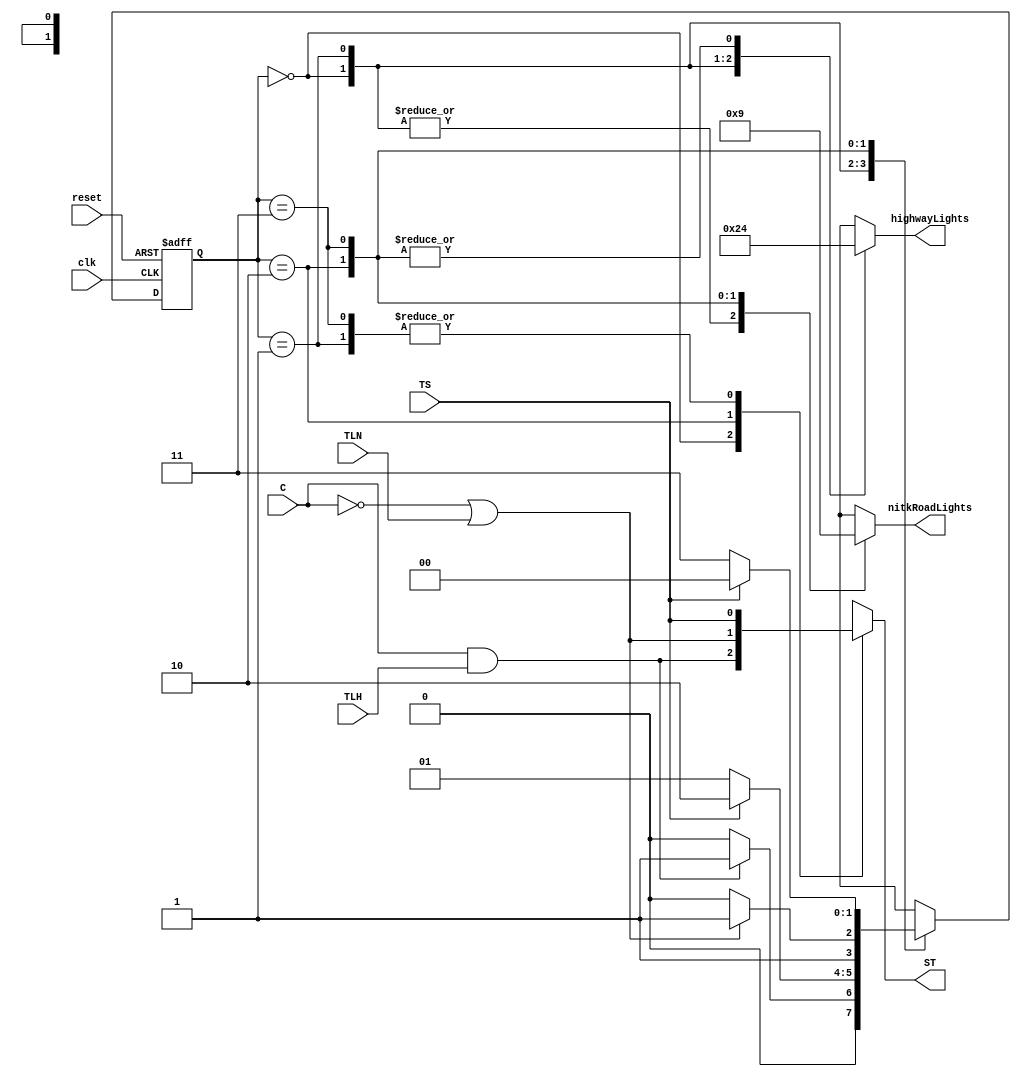
module TrafficLightController(
    input wire clk, reset, C, TS, TLH, TLN,
    output reg ST,
    output reg [1:0] highwayLights, // 00: Red, 01: Yellow, 10: Green
    output reg [1:0] nitkRoadLights // 00: Red, 01: Yellow, 10: Green
);

    parameter GREEN = 2'b10;
    parameter YELLOW = 2'b01;
    parameter RED = 2'b00;

    localparam NH_ON=2'b00, NH_ALERT=2'b01, NITK_ON=2'b10, NITK_ALERT=2'b11;
    reg [1:0] present_state=0, next_state=0;

    // Present state register
    always @(posedge clk or posedge reset) begin: L_PRESENT_STATE_REGISTER
        if(reset) begin
            present_state <= NH_ON;
        end else begin
            present_state <= next_state;
        end
    end

    // Next state logic
    always@(present_state or C or TLH or TLN or TS) begin:L_NEXT_STATE_LOGIC
        casex(present_state)
            NH_ON: next_state = C&&TLH?NH_ALERT:NH_ON;
            NH_ALERT: next_state = TS?NITK_ON:NH_ALERT;
            NITK_ON: next_state = !C||TLN?NITK_ALERT:NITK_ON;
            NITK_ALERT: next_state = TS?NH_ON:NITK_ALERT;
            default: next_state = NH_ON;
        endcase
    end

    // Output decoder 
    always@(present_state) begin:L_OUTPUT_DECODER
        casex(present_state)
            NH_ON: begin 
                highwayLights = GREEN;
                nitkRoadLights = RED;
                ST = C&&TLH;
            end 
            NH_ALERT: begin     
                highwayLights = YELLOW;
                nitkRoadLights = RED;
                ST = TS;
            end 
            NITK_ON: begin 
                highwayLights = RED;
                nitkRoadLights = GREEN;
                ST = TLN||!C;
            end 
            NITK_ALERT: begin 
                highwayLights = RED;
                nitkRoadLights = YELLOW;
                ST = TS;
            end
            default: begin
                highwayLights = 2'b11;
                nitkRoadLights = 2'b11;
                ST = 0;
            end
        endcase
    end

endmodule